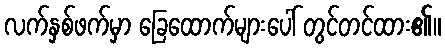
လက်နှစ်ဖက်မှာ ခြေထောက်များပေါ် တွင်တင်ထား၏။